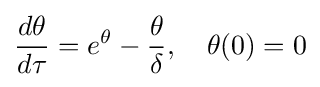
{\frac {d\theta }{d\tau }}=e^{\theta }-{\frac {\theta }{\delta }},\quad \theta (0)=0